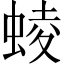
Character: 䗀